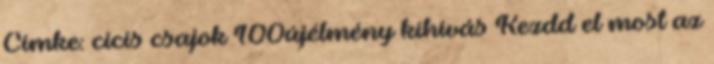
Címke: cicis csajok 100újélmény kihívás Kezdd el most az